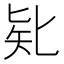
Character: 𠤗